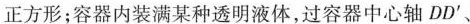
正方形；容器内装满某种透明液体，过容器中心轴DD'、